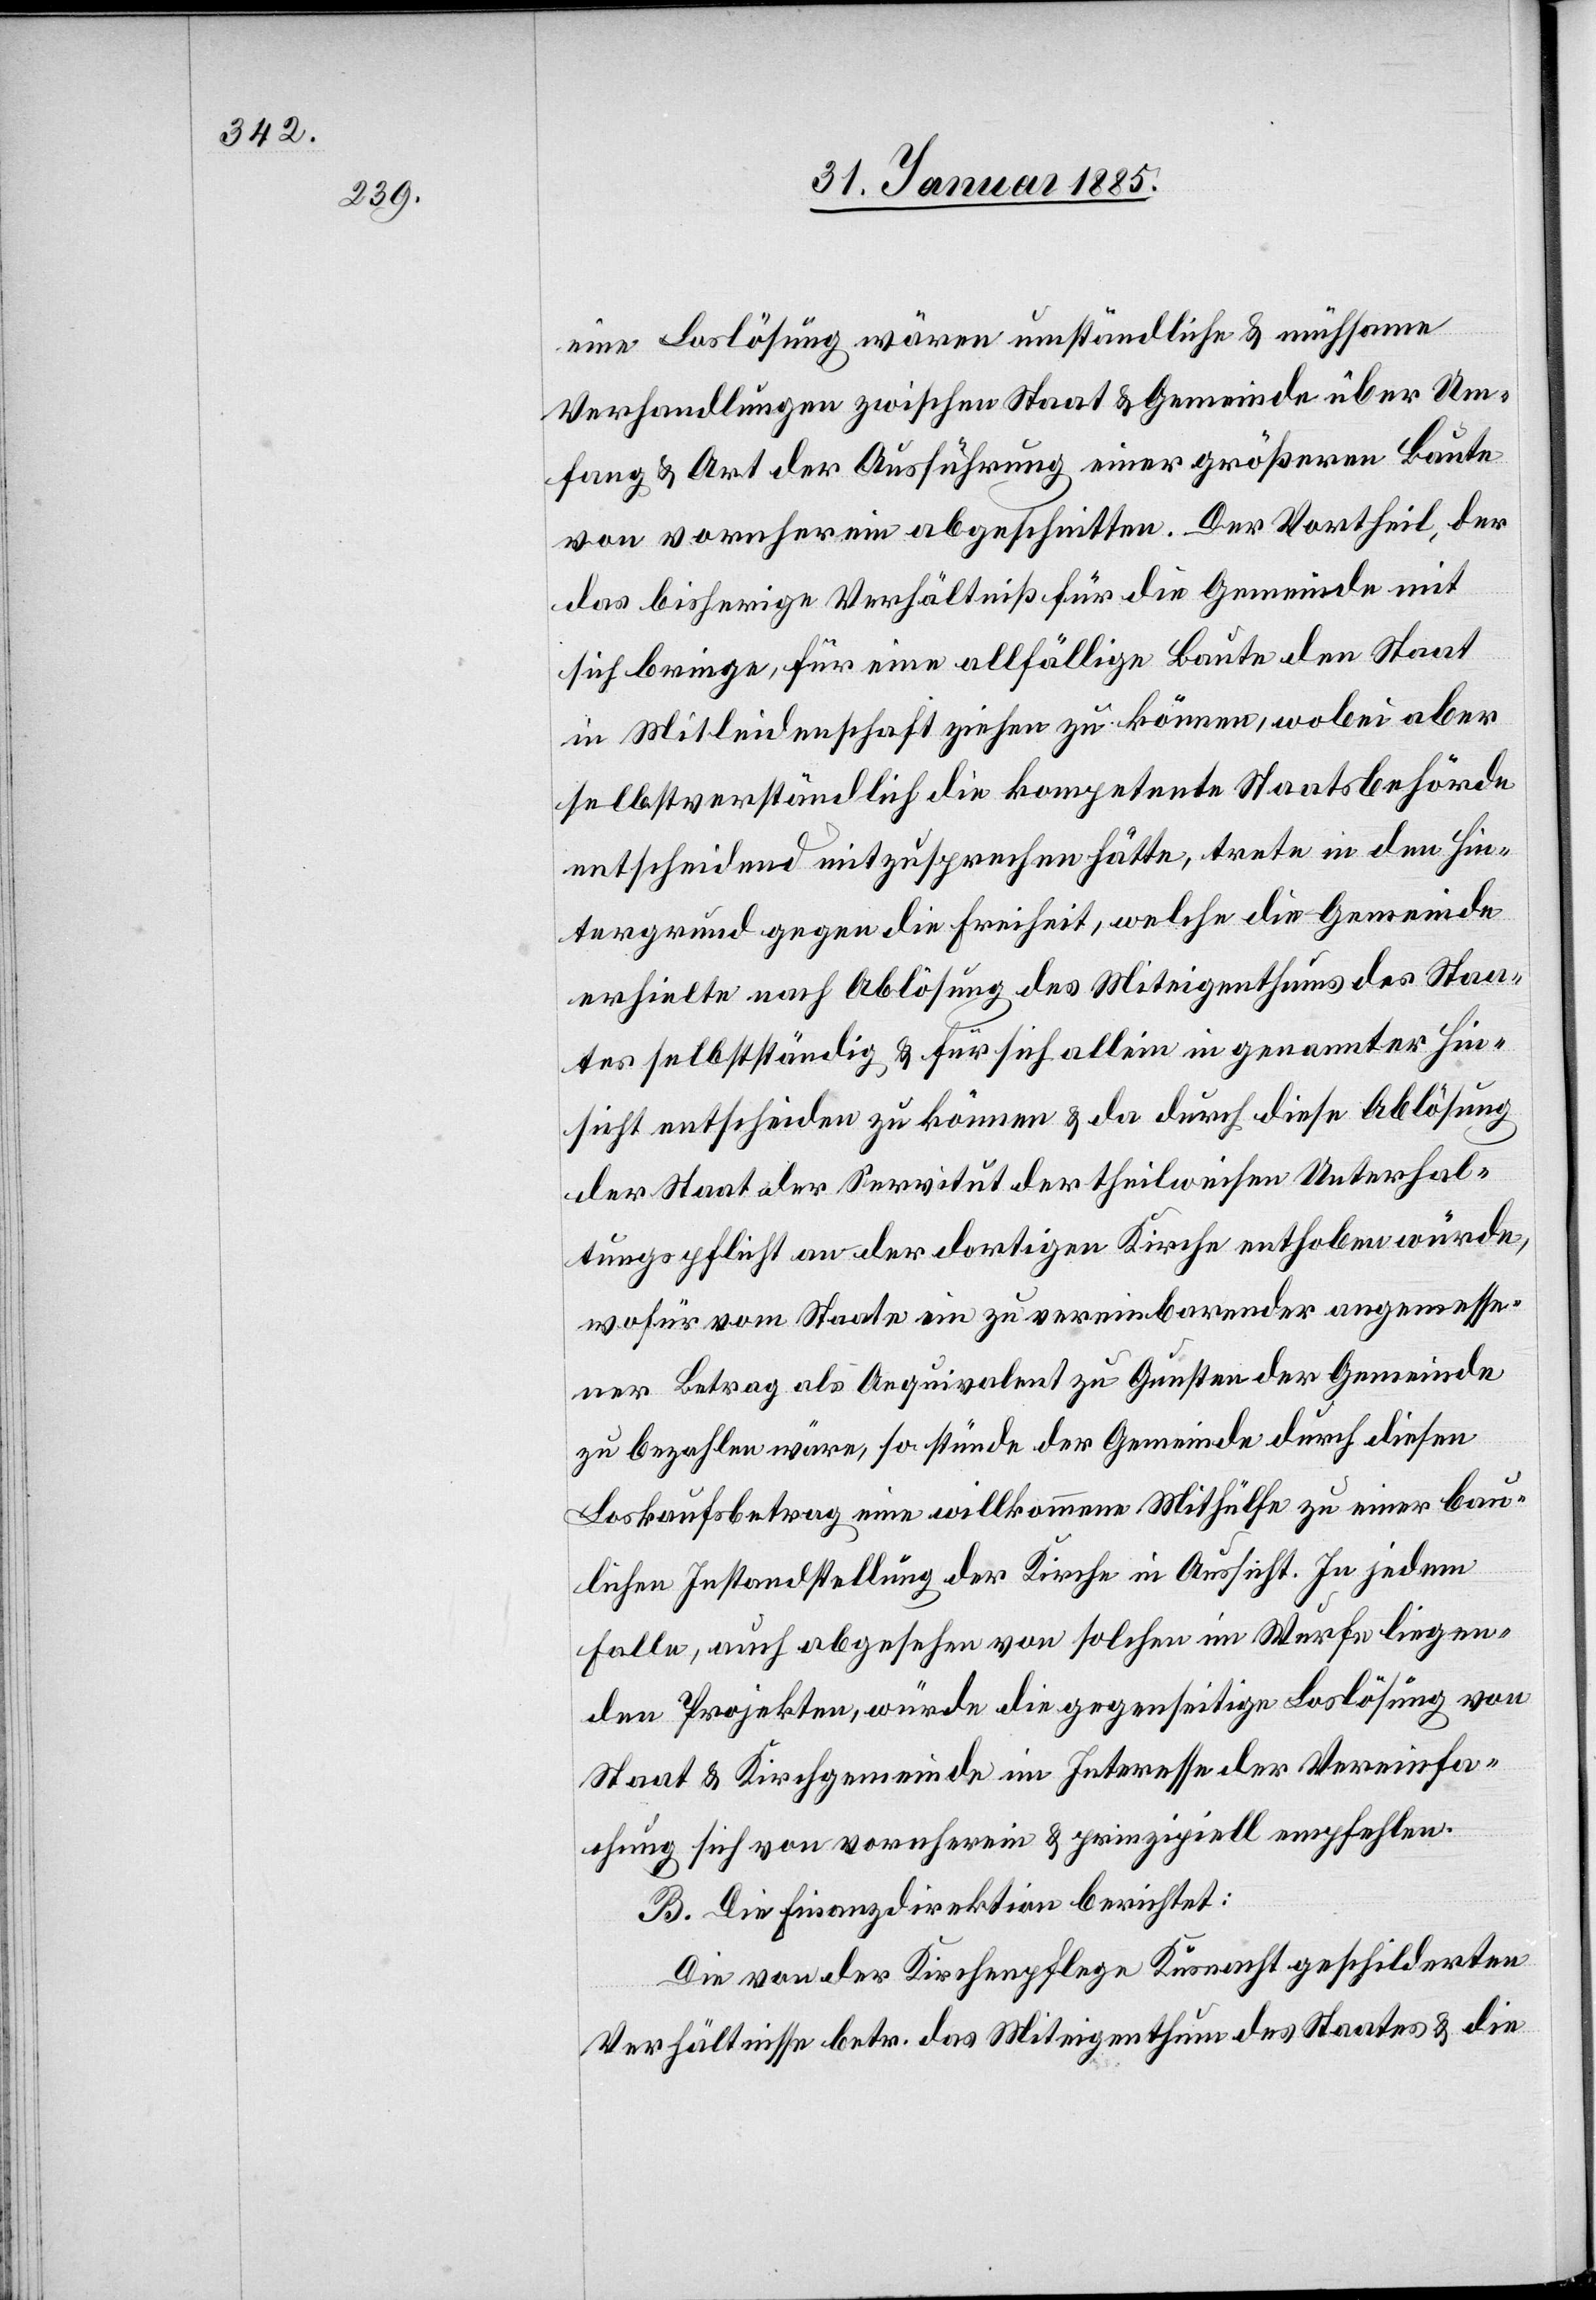
eine Loslösung wären umständliche & mühsame
Verhandlungen zwischen Staat & Gemeinde über Um¬
fang & Art der Ausführung einer größeren Baute
von vornherein abgeschnitten. Der Vortheil, der
das bisherige Verhältniß für die Gemeinde mit
sich bringe, für eine allfällige Baute den Staat
in Mitleidenschaft ziehen zu können, wobei aber
selbstverständlich die kompetente Staatsbehörde
entscheidend mitzusprechen hätte, trete in den Hin¬
tergrund gegen die Freiheit, welche die Gemeinde
erhielte nach Ablösung des Miteigenthums des Staa¬
tes selbstständig & für sich allein in genannter Hin¬
sicht entscheiden zu können & da durch diese Ablösung
der Staat der Servitut der theilweisen Unterhal¬
tungspflicht an der dortigen Kirche enthoben würde,
wofür vom Staate ein zu vereinbarender angemesse¬
ner Betrag als Aequivalent zu Gunsten der Gemeinde
zu bezahlen wäre, so stünde der Gemeinde durch diesen
Loskaufsbetrag eine willkommene Mithülfe zu einer bau¬
lichen Instandstellung der Kirche in Aussicht. In jedem
Falle, auch abgesehen von solchen im Wurfe liegen¬
den Projekten, würde die gegenseitige Loslösung von
Staat & Kirchgemeinde im Interesse der Vereinfa¬
chung sich von vornherein & prinzipiell empfehlen.
B. Die Finanzdirektion berichtet:
Die von der Kirchenpflege Küsnacht geschilderten
Verhältnisse betr. das Miteigenthum des Staates & die